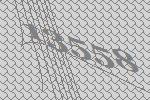
13558